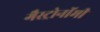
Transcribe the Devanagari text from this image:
गैस्ट्रोनॉमी